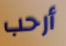
أرحب